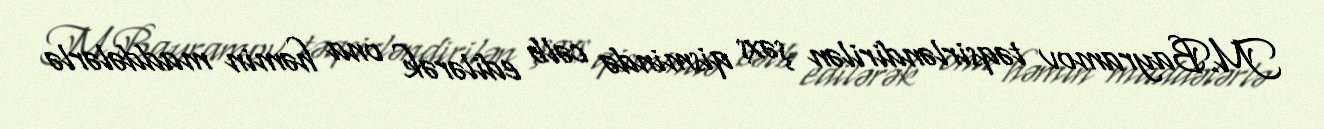
M.Bayramov təqsirləndirilən şəxs qismində cəlb edilərək ona həmin maddələrlə